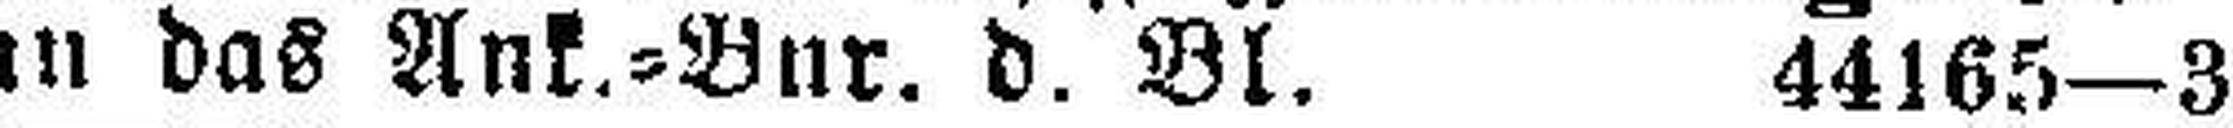
an das Ank.=Bur. d. Bl. 44165—3